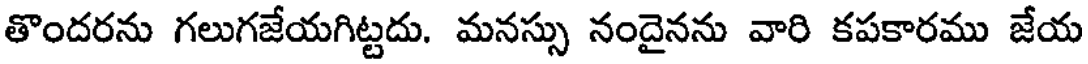
తొందరను గలుగజేయగిట్టదు. మనస్సు నందైనను వారి కపకారము జేయ